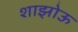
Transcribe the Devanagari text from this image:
शाझोऊ